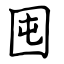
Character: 囤